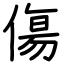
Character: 傷